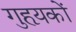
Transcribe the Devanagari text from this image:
गुहृयकों